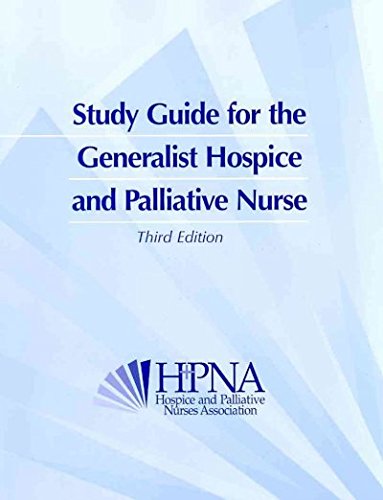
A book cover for Study Guide for the Generalist Hospice and Palliative Nurse; HOSPICE AND PALLIATIVE NURSES  ASSOCIATION (HPNA); Self-Help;